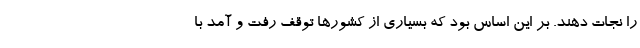
را نجات دهند. بر این اساس بود که بسیاری از کشورها توقف رفت و آمد با